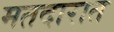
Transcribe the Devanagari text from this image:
मतदारात